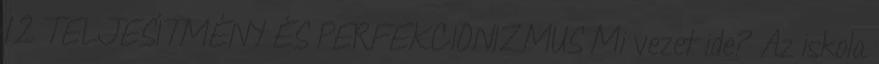
12 TELJESÍTMÉNY ÉS PERFEKCIONIZMUS Mi vezet ide? Az iskola